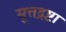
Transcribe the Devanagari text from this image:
सूत्तद्रष्टा